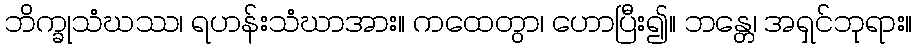
ဘိက္ခုသံဃဿ၊ ရဟန်းသံဃာအား။ ကထေတွာ၊ ဟောပြီး၍။ ဘန္တေ၊ အရှင်ဘုရား။